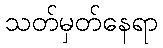
သတ်မှတ်နေရာ